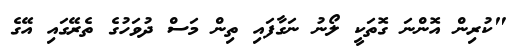
"ކުރިން އޮންނަ ގޮތަކީ ލޯނު ނަގާފައި ތިން މަސް ދުވަހުގެ ތެރޭގައި އޭގެ